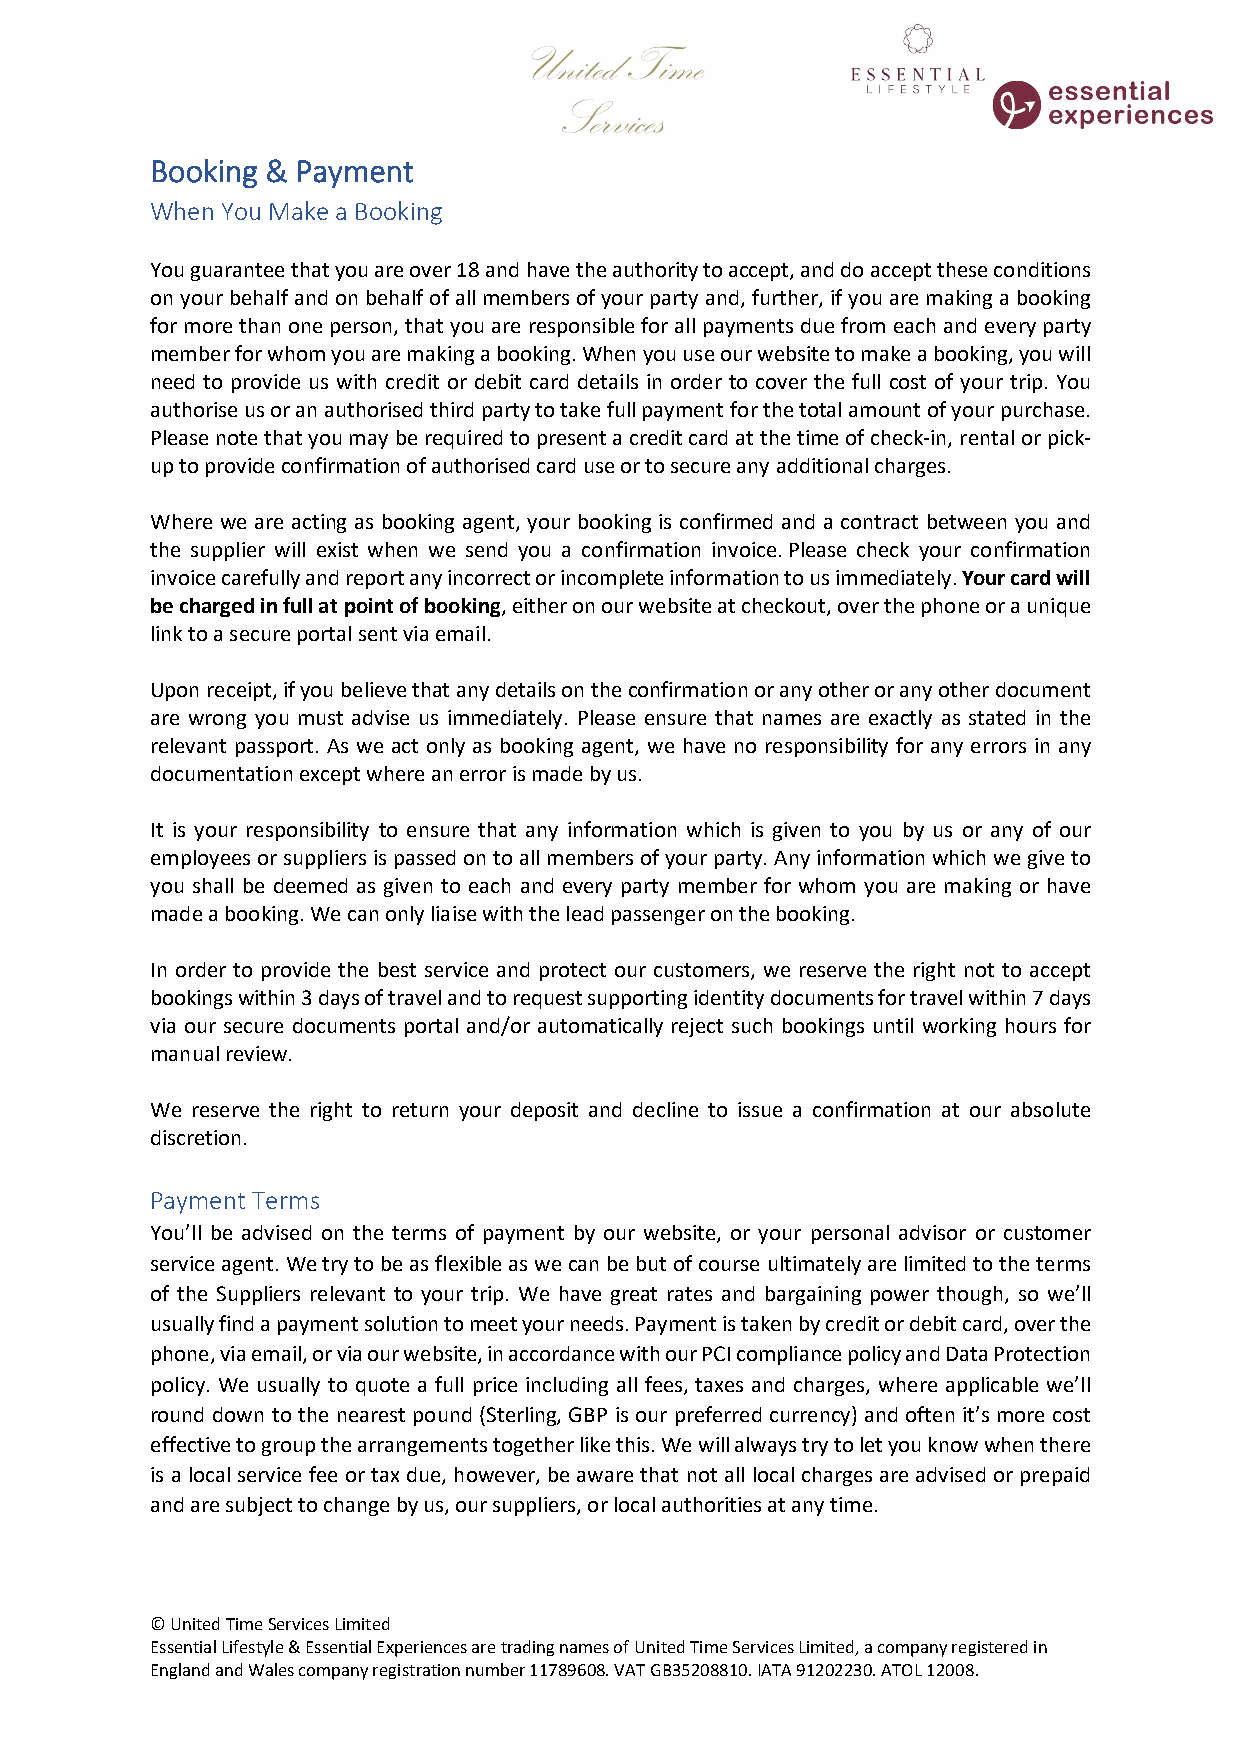
Booking & Payment
 When You Make a Booking
 You guarantee that you are over 18 and have the authority to accept, and do accept these conditions
 on your behalf and on behalf of all members of your party and, further, if you are making a booking
 for more than one person, that you are responsible for all payments due from each and every party
 member for whom you are making a booking. When you use our website to make a booking, you will
 need to provide us with credit or debit card details in order to cover the full cost of your trip. You
 authorise us or an authorised third party to take full payment for the total amount of your purchase.
 Please note that you may be required to present a credit card at the time of check-in, rental or pick-
 up to provide confirmation of authorised card use or to secure any additional charges.
 Where we are acting as booking agent, your booking is confirmed and a contract between you and
 the supplier will exist when we send you a confirmation invoice. Please check your confirmation
 invoice carefully and report any incorrect or incomplete information to us immediately. Your card will
 be charged in full at point of booking, either on our website at checkout, over the phone or a unique
 link to a secure portal sent via email.
 Upon receipt, if you believe that any details on the confirmation or any other or any other document
 are wrong you must advise us immediately. Please ensure that names are exactly as stated in the
 relevant passport. As we act only as booking agent, we have no responsibility for any errors in any
 documentation except where an error is made by us.
 It is your responsibility to ensure that any information which is given to you by us or any of our
 employees or suppliers is passed on to all members of your party. Any information which we give to
 you shall be deemed as given to each and every party member for whom you are making or have
 made a booking. We can only liaise with the lead passenger on the booking.
 In order to provide the best service and protect our customers, we reserve the right not to accept
 bookings within 3 days of travel and to request supporting identity documents for travel within 7 days
 via our secure documents portal and/or automatically reject such bookings until working hours for
 manual review.
 We reserve the right to return your deposit and decline to issue a confirmation at our absolute
 discretion.
 Payment Terms
 You’ll be advised on the terms of payment by our website, or your personal advisor or customer
 service agent. We try to be as flexible as we can be but of course ultimately are limited to the terms
 of the Suppliers relevant to your trip. We have great rates and bargaining power though, so we’ll
 usually find a payment solution to meet your needs. Payment is taken by credit or debit card, over the
 phone, via email, or via our website, in accordance with our PCI compliance policy and Data Protection
 policy. We usually to quote a full price including all fees, taxes and charges, where applicable we’ll
 round down to the nearest pound (Sterling, GBP is our preferred currency) and often it’s more cost
 effective to group the arrangements together like this. We will always try to let you know when there
 is a local service fee or tax due, however, be aware that not all local charges are advised or prepaid
 and are subject to change by us, our suppliers, or local authorities at any time.
 © United Time Services Limited
 Essential Lifestyle & Essential Experiences are trading names of United Time Services Limited, a company registered in
 England and Wales company registration number 11789608. VAT GB35208810. IATA 91202230. ATOL 12008.